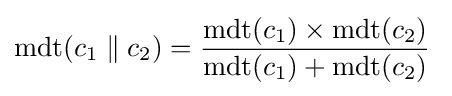
{\text{mdt}}(c_{1}\parallel c_{2})={\frac {{\text{mdt}}(c_{1})\times {\text{mdt}}(c_{2})}{{\text{mdt}}(c_{1})+{\text{mdt}}(c_{2})}}\;